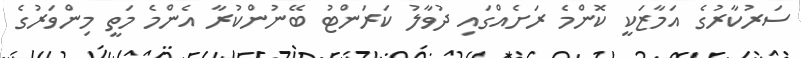
ސަރުކާރުގެ އަމާޒަކީ ކޮންމެ ރަށެއްގައި ދުވާލު ކަރަންޓު ބޭނުންކުރާ އެންމެ މަތީ މިންވަރުގެ